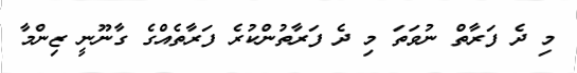
މި ދެ ފަރާތް ނުވަތަ މި ދެ ފަރާތުންކުރެ ފަރާތެއްގެ ގާނޫނީ ޒިންމާ